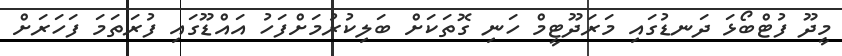
މީދޫ ފުޓްބޯޅަ ދަނޑުގައި މަރަދޫޓީމް ހަނި ގޮތަކަށް ބަލިކުރުމަށްފަހު އައްޑޫގައި ފުރަތަމަ ފަހަރަށް